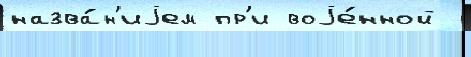
назва́н'иjем пр'и воjе́нной